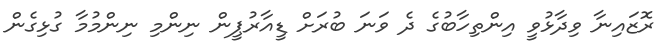
ރޮޒައިނާ ވިދާޅުވީ އިންތިހާބުގެ ދެ ވަނަ ބުރަށް ޑީއާރުޕީން ނިންމި ނިންމުމާ ގުޅިގެން